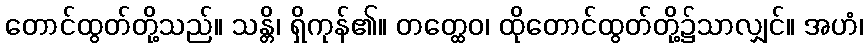
တောင်ထွတ်တို့သည်။ သန္တိ၊ ရှိကုန်၏။ တတ္ထေဝ၊ ထိုတောင်ထွတ်တို့၌သာလျှင်။ အဟံ၊